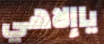
ياإلاهي